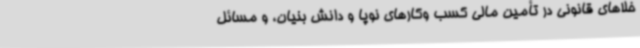
خلاهای قانونی در تأمین مالی کسب وکارهای نوپا و دانش بنیان، و مسائل